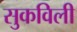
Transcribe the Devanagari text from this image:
सुकविली